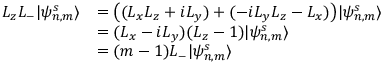
\begin{array} { r l } { L _ { z } L _ { - } | \psi _ { n , m } ^ { s } \rangle } & { = \big ( ( L _ { x } L _ { z } + i L _ { y } ) + ( - i L _ { y } L _ { z } - L _ { x } ) \big ) | \psi _ { n , m } ^ { s } \rangle } \\ & { = ( L _ { x } - i L _ { y } ) ( L _ { z } - 1 ) | \psi _ { n , m } ^ { s } \rangle } \\ & { = ( m - 1 ) L _ { - } | \psi _ { n , m } ^ { s } \rangle } \end{array}